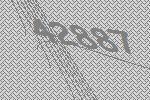
42887